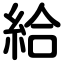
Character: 給